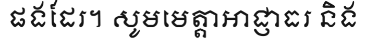
ផងដែរ។ សូមមេត្តាអាជ្ញាធរ និង